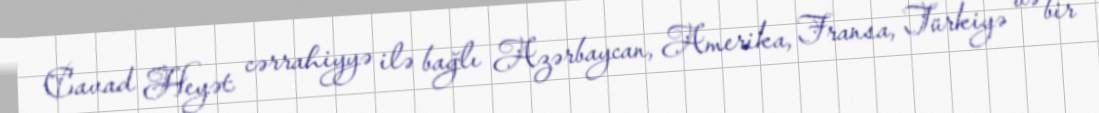
Cavad Heyət cərrahiyyə ilə bağlı Azərbaycan, Amerika, Fransa, Türkiyə və bir